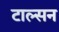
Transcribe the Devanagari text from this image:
टाल्सन